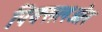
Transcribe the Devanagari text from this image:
पिक्सलऔर